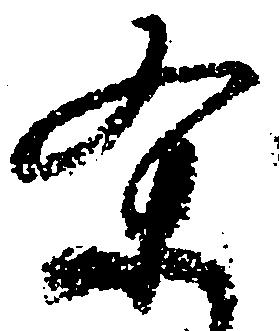
条